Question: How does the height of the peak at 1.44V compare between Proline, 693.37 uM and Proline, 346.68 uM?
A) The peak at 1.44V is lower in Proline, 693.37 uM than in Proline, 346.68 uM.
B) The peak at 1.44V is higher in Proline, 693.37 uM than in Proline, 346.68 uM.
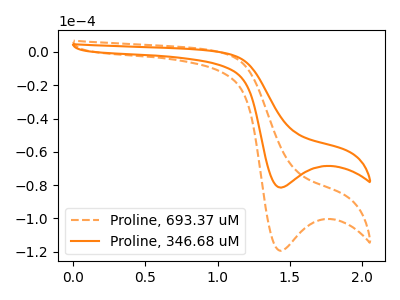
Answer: <think>The orange dashed curve "Proline, 693.37 uM" has a cathodic peak at: (1.45V, -119.45uA). The orange curve "Proline, 346.68 uM" has a cathodic peak at: (1.45V, -81.50uA).</think>
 <answer>B) The peak at 1.44V is higher in "Proline, 693.37 uM" than in "Proline, 346.68 uM".</answer>
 <eval>B</eval>